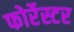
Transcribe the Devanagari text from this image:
फोर्रेस्टर